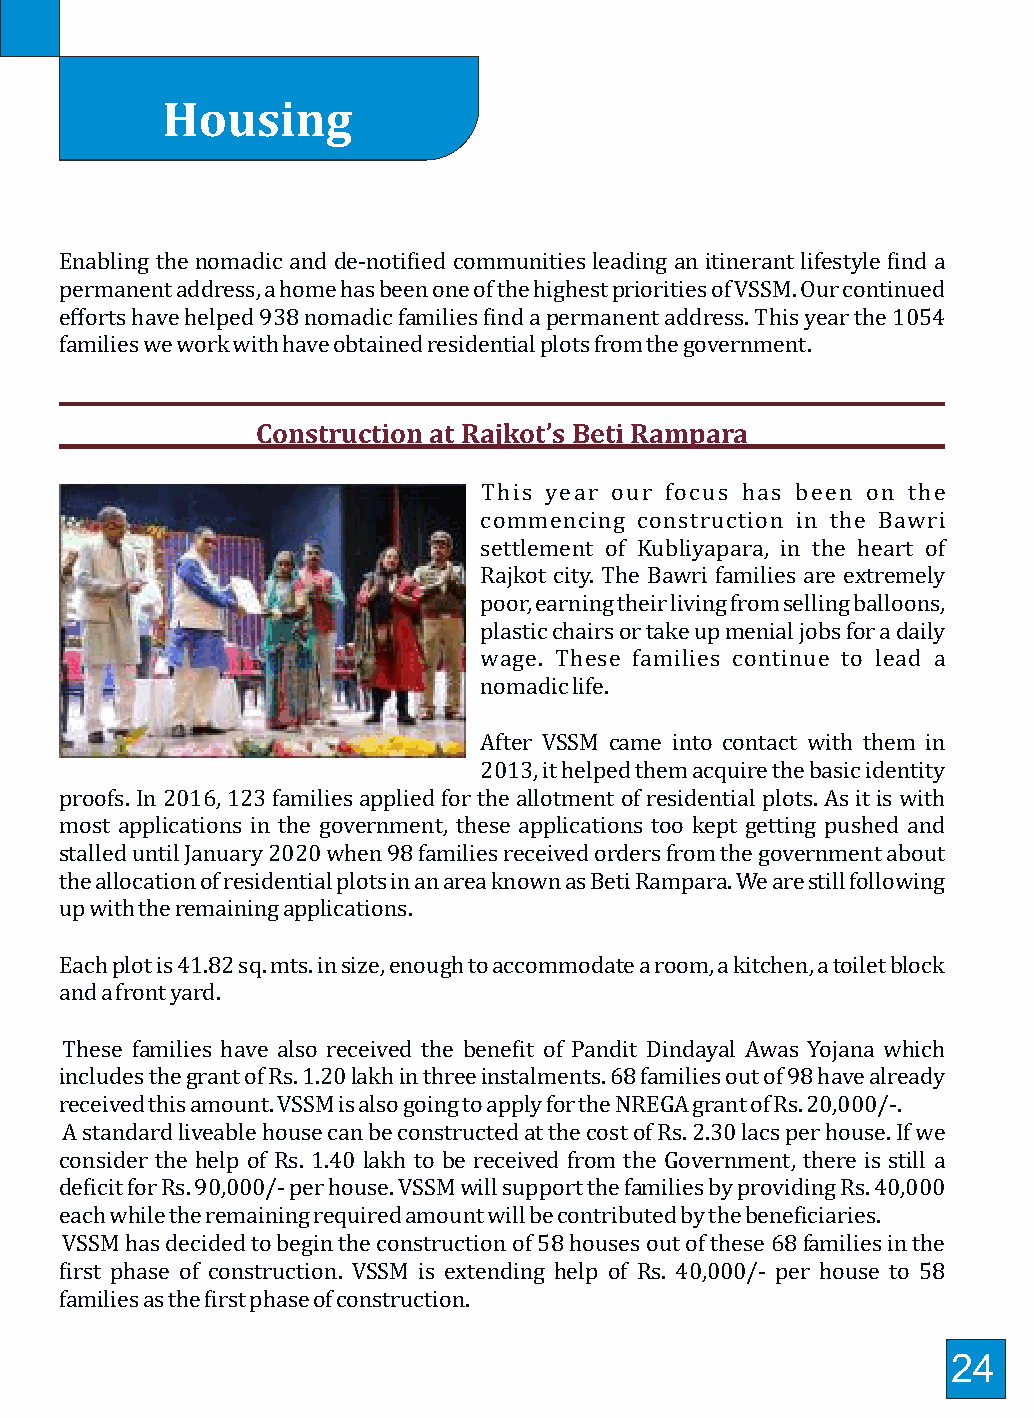
Mavjat Karykram- Eldery Assistance Housing
 Enabling the nomadic and de-notiied communities leading an itinerant lifestyle ind a
 In its efforts to provide digniied living to all age groups of the nomadic communities, VSSM
 permanent address, a home has been one of the highest priorities of VSSM. Our continued
 initiated Mavjat – senior care centres to provide food and support to the aging and destitute
 efforts have helped 938 nomadic families ind a permanent address. This year the 1054
 individuals from nomadic and other marginalised communities. The number of these families we work with have obtained residential plots from the government.
 elderly is raising (after careful scrutiny). This year as a result of the pandemic this group
 needed special attention.
 Construction at Rajkot’s Beti Rampara
 100 elderly individuals are provided grain kits
 This year our focus has been on the
 Sr. No. Name ofthe District No.ofGrain Kitsprovided
 commencing construction in the Bawri
 1 Amreli 19
 settlement of Kubliyapara, in the heart of
 2 Patan 25
 Rajkot city. The Bawri families are extremely
 3 Banaskantha 40
 poor, earning their living from selling balloons,
 4 Rajkot 6
 plastic chairs or take up menial jobs for a daily
 5 Surendranagar 6
 wage. These families continue to lead a
 6 Ahmedabad 1
 nomadic life.
 7 Mehsana 3
 TOTAL 100
 After VSSM came into contact with them in
 16 elderly individuals are provided two meals at Deesa 2013, it helped them acquire the basic identity
 proofs. In 2016, 123 families applied for the allotment of residential plots. As it is with
 On the occasion of Diwali, the Mavjat elderlies were provided ghee and jaggery most applications in the government, these applications too kept getting pushed and
 stalled until January 2020 when 98 families received orders from the government about
 the allocation of residential plots in an area known as Beti Rampara. We are still following
 up with the remaining applications.
 Each plot is 41.82 sq. mts. in size, enough to accommodate a room, a kitchen, a toilet block
 and a front yard.
 These families have also received the beneit of Pandit Dindayal Awas Yojana which
 includes the grant of Rs. 1.20 lakh in three instalments. 68 families out of 98 have already
 received this amount. VSSM is also going to apply for the NREGA grant of Rs. 20,000/-.
 A standard liveable house can be constructed at the cost of Rs. 2.30 lacs per house. If we
 consider the help of Rs. 1.40 lakh to be received from the Government, there is still a
 deicit for Rs. 90,000/- per house. VSSM will support the families by providing Rs. 40,000
 each while the remaining required amount will be contributed by the beneiciaries.
 VSSM has decided to begin the construction of 58 houses out of these 68 families in the
 irst phase of construction. VSSM is extending help of Rs. 40,000/- per house to 58
 families as the irst phase of construction.
 23                                                             24